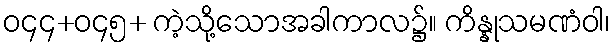
ဝ၄၄+ဝ၄၅+ ကဲ့သို့သောအခါကာလ၌။ ကိန္နုသမဏံဝါ၊